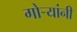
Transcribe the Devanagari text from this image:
गोर्‍यांनी